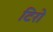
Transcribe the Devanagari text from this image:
टिरो